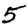
Digit: 5